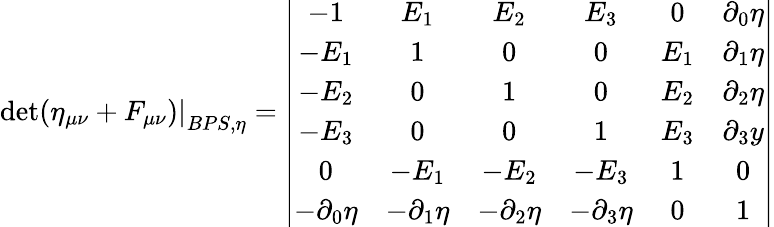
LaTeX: {\operatorname*{det}(\eta_{\mu\nu}+F_{\mu\nu})|}_{BPS,\eta}=\left|\begin{array}{c}{{\begin{array}{cc}{{\begin{array}{ccc}{{\begin{array}{cccc}{{\begin{array}{ccccc}{{\begin{array}{cccccc}{{-1}}&{{E_{1}}}&{{E_{2}}}&{{E_{3}}}&{{0}}&{{\partial_{0}\eta}}\\ {{-E_{1}}}&{{1}}&{{0}}&{{0}}&{{E_{1}}}&{{\partial_{1}\eta}}\\ {{-E_{2}}}&{{0}}&{{1}}&{{0}}&{{E_{2}}}&{{\partial_{2}\eta}}\\ {{-E_{3}}}&{{0}}&{{0}}&{{1}}&{{E_{3}}}&{{\partial_{3}y}}\\ {{0}}&{{-E_{1}}}&{{-E_{2}}}&{{-E_{3}}}&{{1}}&{{0}}\\ {{-\partial_{0}\eta}}&{{-\partial_{1}\eta}}&{{-\partial_{2}\eta}}&{{-\partial_{3}\eta}}&{{0}}&{{1}}\end{array}}}\end{array}}}\end{array}}}\end{array}}}\end{array}}}\end{array}\right|